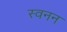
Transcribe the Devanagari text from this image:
स्वनन